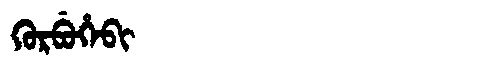
Manchu: ᡴᡠᡵᠪᡠᡥᡝᠪᡳ
Romanization: KURBUHEBI